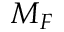
M _ { F }